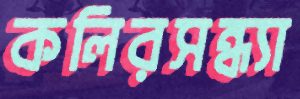
কলিরসন্ধ্যা